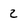
Character: 2